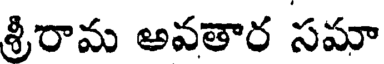
శ్రీరామ అవతార సమా